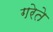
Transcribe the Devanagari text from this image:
गरेते